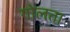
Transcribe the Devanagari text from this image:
गोलता